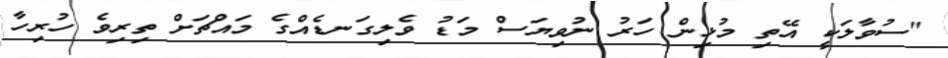
"ސުވާލަކީ އޭތި މުޅިން ހަރު ނުވިޔަސް މަޑު ވެލިގަނޑެއްގެ މައްޗަށް ތިރިވެ ހުރިހާ